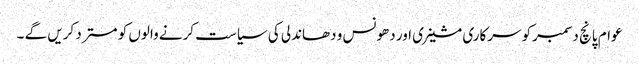
عوام پانچ دسمبرکو سرکاری مشینری اور دھونس و دھاندلی کی سیاست کرنے والوں کو مستر د کریں گے ۔